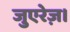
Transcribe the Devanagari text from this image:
जुएरेज़।